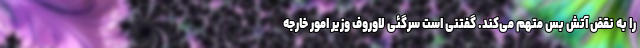
را به نقض آتش بس متهم می‌کند. گفتنی است سرگئی لاوروف وزیر امور خارجه